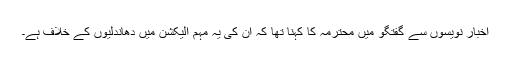
اخبار نویسوں سے گفتگو میں محترمہ کا کہنا تھا کہ ان کی یہ مہم الیکشن میں دھاندلیوں کے خلاف ہے۔